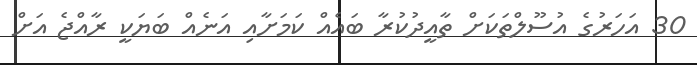
30 އަހަރުގެ އުސޫލްތަކަށް ތާއީދުކުރާ ބައެއް ކަމަށާއި އަނެއް ބަޔަކީ ރާއްޖެ އަށް